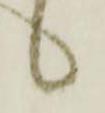
候